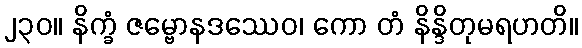
၂၃၀။ နိက္ခံ ဇမ္ဗောနဒဿေဝ၊ ကော တံ နိန္ဒိတုမရဟတိ။